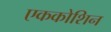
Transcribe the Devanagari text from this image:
एककोशिन